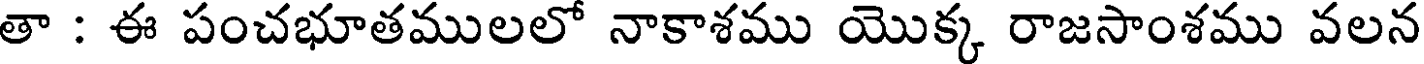
తా : ఈ పంచభూతములలో నాకాశము యొక్క రాజసాంశము వలన